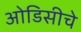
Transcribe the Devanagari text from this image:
ओडिसीचे